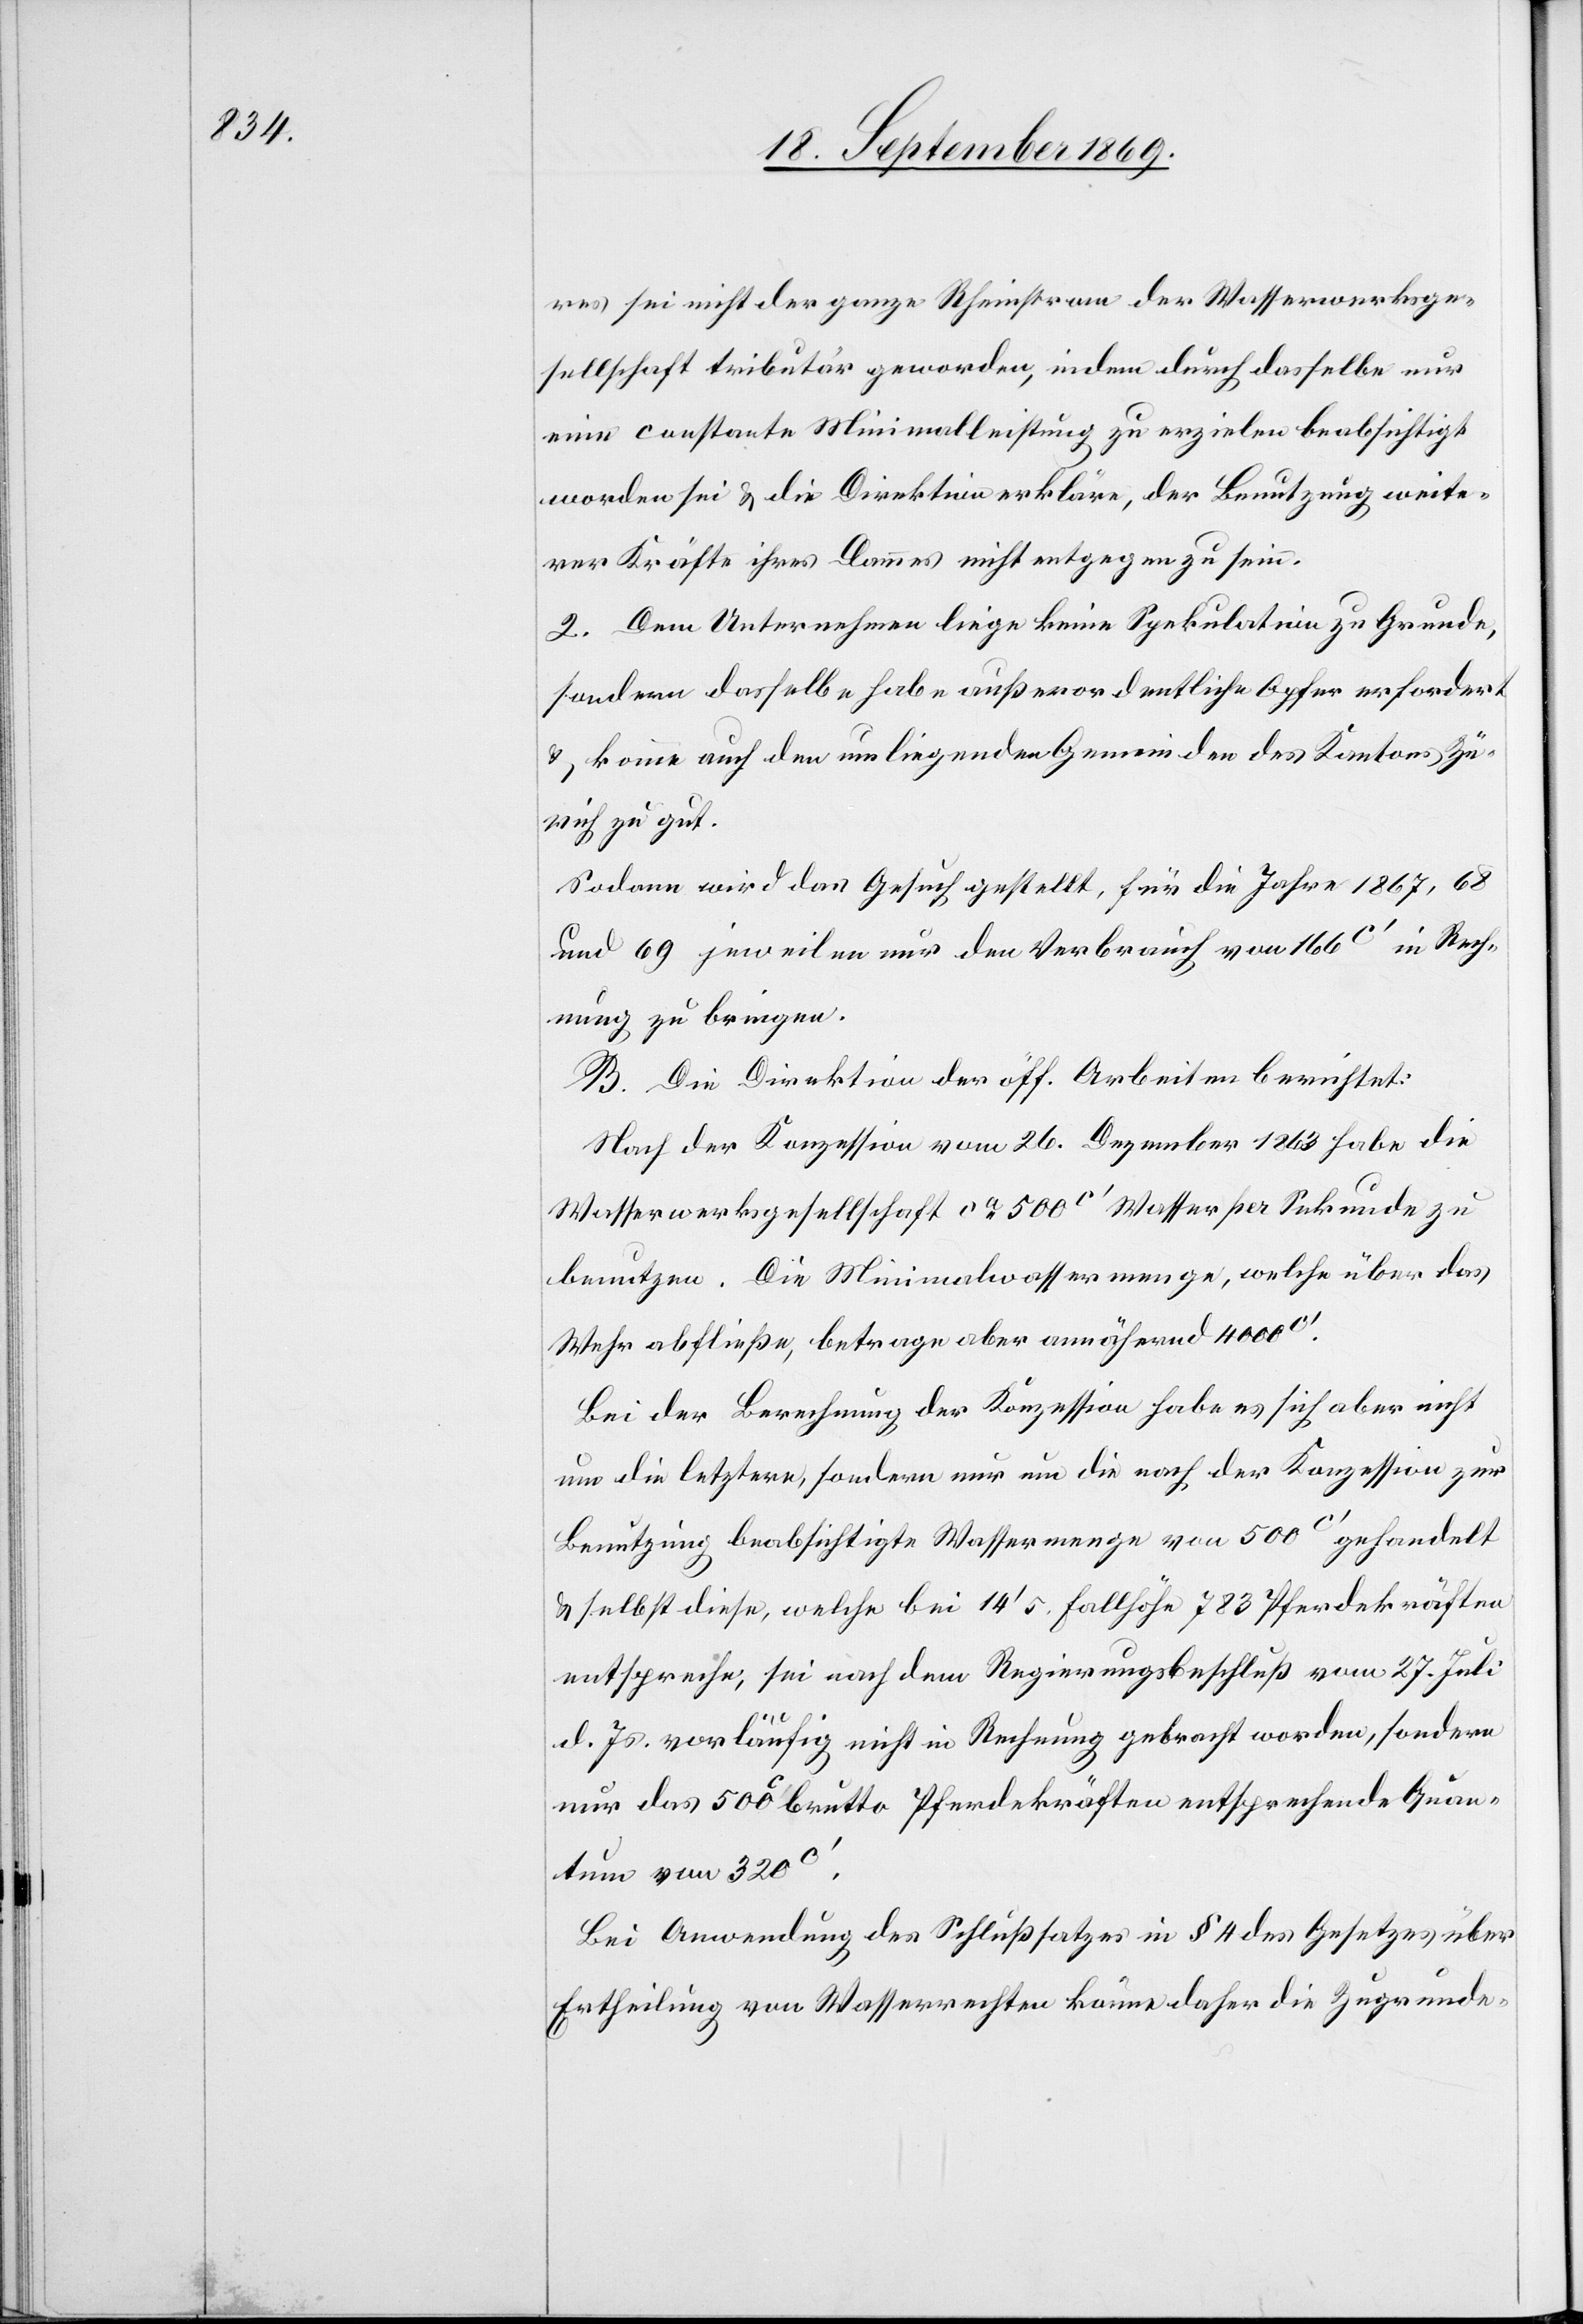
res sei nicht der ganze Rheinstrom der Wasserwerksge¬
sellschaft tributär geworden, indem durch dasselbe nur
eine constante Minimalleistung zu erzielen beabsichtigt
worden sei & die Direktion erkläre, der Benutzung weite¬
rer Kräfte ihres Dammes nicht entgegen zu sein.
2. Dem Unternehmen liege keine Spekulation zu Grunde,
sondern dasselbe habe außerordentliche Opfer erfordert
& komme auch den umliegenden Gemeinden des Kantons Zü¬
rich zu gut.
Sodann wird das Gesuch gestellt, für die Jahre 1867, 68
und 69 jeweilen nur den Verbrauch von 166c‘ in Rech¬
nung zu bringen.
B. Die Direktion der öff. Arbeiten berichtet:
Nach der Konzession vom 26. Dezember 1863 habe die
Wasserwerksgesellschaft ca 500c‘ Wasser per Sekunde zu
benutzen. Die Minimalwassermenge, welche über das
Wehr abfließe, betrage aber annähernd 4000c‘.
Bei der Berechnung der Konzession habe es sich aber nicht
um die letztere, sondern nur um die nach der Konzession zur
Benutzung beabsichtigte Wassermenge von 500c‘ gehandelt
& selbst diese, welche bei 14‘ 5 Fallhöhe 783 Pferdekräften
entspreche, sei nach dem Regierungsbeschluß vom 27. Juli
d. Js. vorläufig nicht in Rechnung gebracht worden, sondern
nur das 500c‘ brutto Pferdekräften entsprechende Quan¬
tum von 320c‘.
Bei Anwendung des Schlußsatzes in § 4 des Gesetzes über
Ertheilung von Wasserrechten könne daher die Zugrunde-